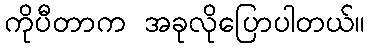
ကိုပီတာက အခုလိုပြောပါတယ်။